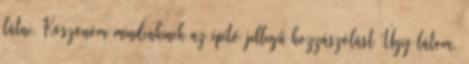
látni. Köszönöm mindenkinek az építő jellegű hozzászólást Úgy látom,